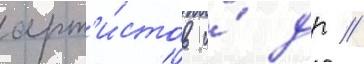
арт'и́стов и́ др //